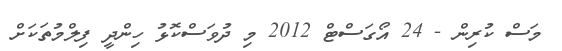
މަސް ކުރިން - 24 އޯގަސްޓް 2012 މި ދުވަސްކޮޅު ހިންދީ ފިލްމުތަކަށް